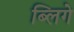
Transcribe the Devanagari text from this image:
ब्लिगे